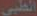
الطبي